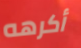
أكرهه